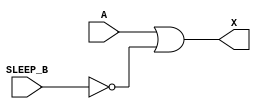
module sky130_fd_sc_lp__iso1n (
    X      ,
    A      ,
    SLEEP_B
);

    // Module ports
    output X      ;
    input  A      ;
    input  SLEEP_B;

    // Local signals
    wire SLEEP;

    //  Name  Output  Other arguments
    not not0 (SLEEP , SLEEP_B        );
    or  or0  (X     , A, SLEEP       );

endmodule